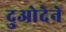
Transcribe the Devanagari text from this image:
दुओदेने